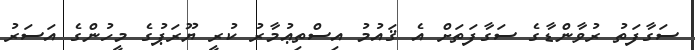
ސަގާފަތު ރުވާންޑާގެ ސަގާފަތަށް އެ ޤައުމު އިސްތިޢުމާރު ކުރީ ޔޫރަޕުގެ މީހުންގެ އަސަރު